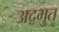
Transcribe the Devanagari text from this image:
अद़भुत